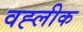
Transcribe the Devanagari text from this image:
वह्लीक